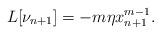
LaTeX: \begin{align*}L[\nu_{n+1}]=-m\eta x_{n+1}^{m-1}.\end{align*}